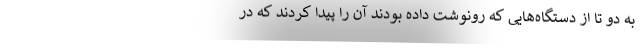
به دو تا از دستگاه‌هایی که رونوشت داده بودند آن را پیدا کردند که در